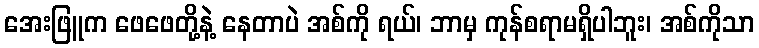
အေးဖြူက ဖေဖေတို့နဲ့ နေတာပဲ အစ်ကို ရယ်၊ ဘာမှ ကုန်စရာမရှိပါဘူး၊ အစ်ကိုသာ